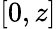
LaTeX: [0,z]